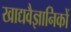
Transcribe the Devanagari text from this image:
खाद्यवैज्ञानिकों